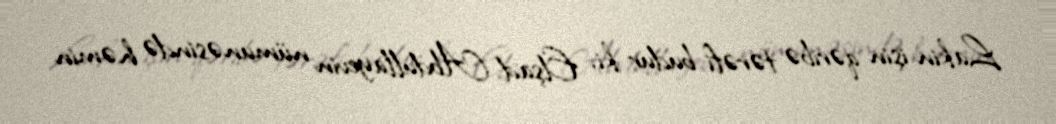
Lakin işin qəribə tərəfi budur ki, Elşad Abdullayevin nümunəsində həmin